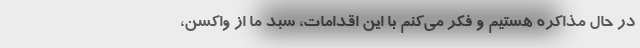
در حال مذاکره هستیم و فکر می‌کنم با این اقدامات، سبد ما از واکسن،